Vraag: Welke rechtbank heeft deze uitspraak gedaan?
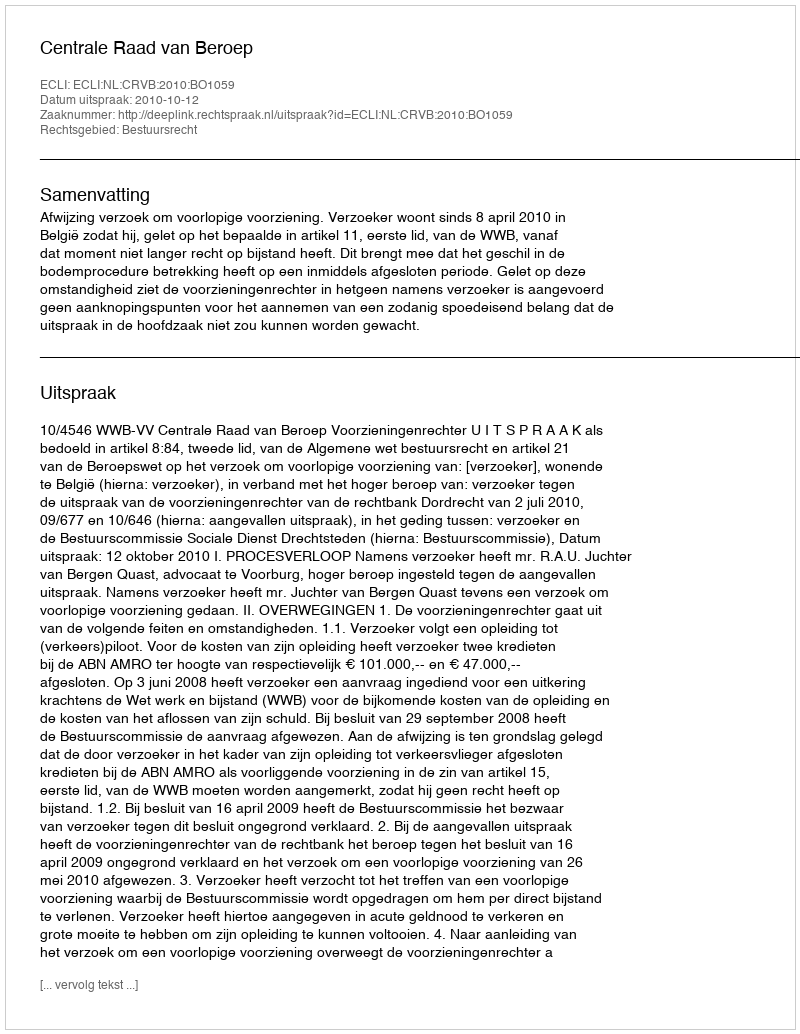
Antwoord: Centrale Raad van Beroep